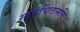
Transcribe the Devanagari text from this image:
स्तवचिंतामणि